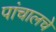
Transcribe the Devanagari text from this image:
पांचालचे